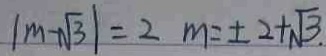
\vert m - \sqrt { 3 } \vert = 2 m = \pm 2 + \sqrt { 3 } .